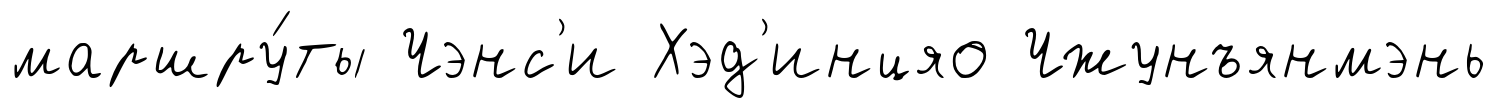
маршру́ты Чэнс'и Хэд'инцяо Чжунъянмэнь